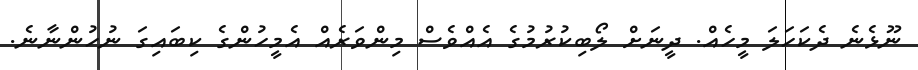
ނޫޅެނެ ދެކަހަލަ މީހެއް. ދީނަށް ލޯބިކުރުމުގެ އެއްވެސް މިންވަރެއް އެމީހުންގެ ކިބައިގަ ނުހުންނާނެ.